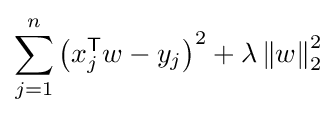
\sum _{j=1}^{n}\left(x_{j}^{\mathsf {T}}w-y_{j}\right)^{2}+\lambda \left\|w\right\|_{2}^{2}